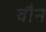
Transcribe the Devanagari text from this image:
वौन